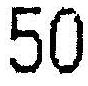
50